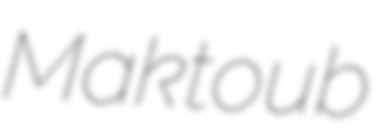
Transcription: Maktoub